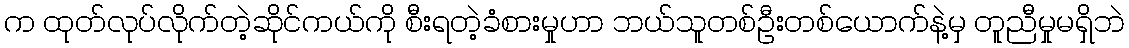
က ထုတ်လုပ်လိုက်တဲ့ဆိုင်ကယ်ကို စီးရတဲ့ခံစားမှုဟာ ဘယ်သူတစ်ဦးတစ်ယောက်နဲ့မှ တူညီမှုမရှိဘဲ